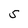
Character: S